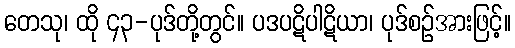
တေသု၊ ထို ၄၃-ပုဒ်တို့တွင်။ ပဒပဋိပါဋိယာ၊ ပုဒ်စဉ်အားဖြင့်။